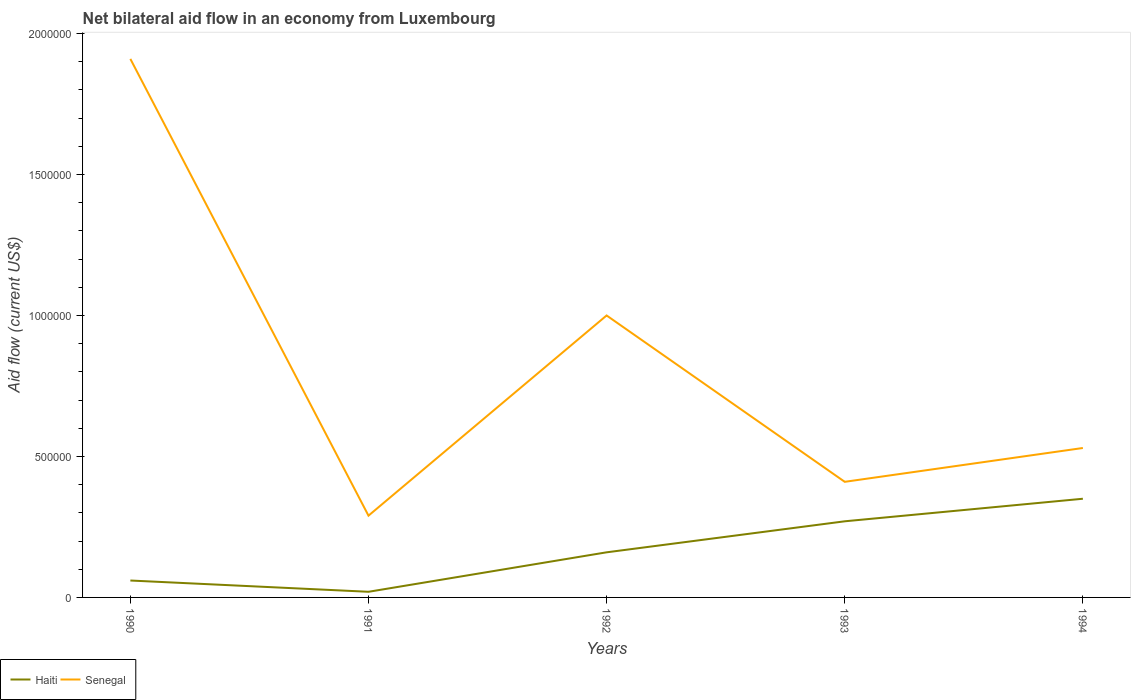
| Years | Haiti | Senegal |
 | --- | --- | --- |
 | 1990 | 6e+04 | 1.91e+06 |
 | 1991 | 2e+04 | 2.9e+05 |
 | 1992 | 1.6e+05 | 1e+06 |
 | 1993 | 2.7e+05 | 4.1e+05 |
 | 1994 | 3.5e+05 | 5.3e+05 |